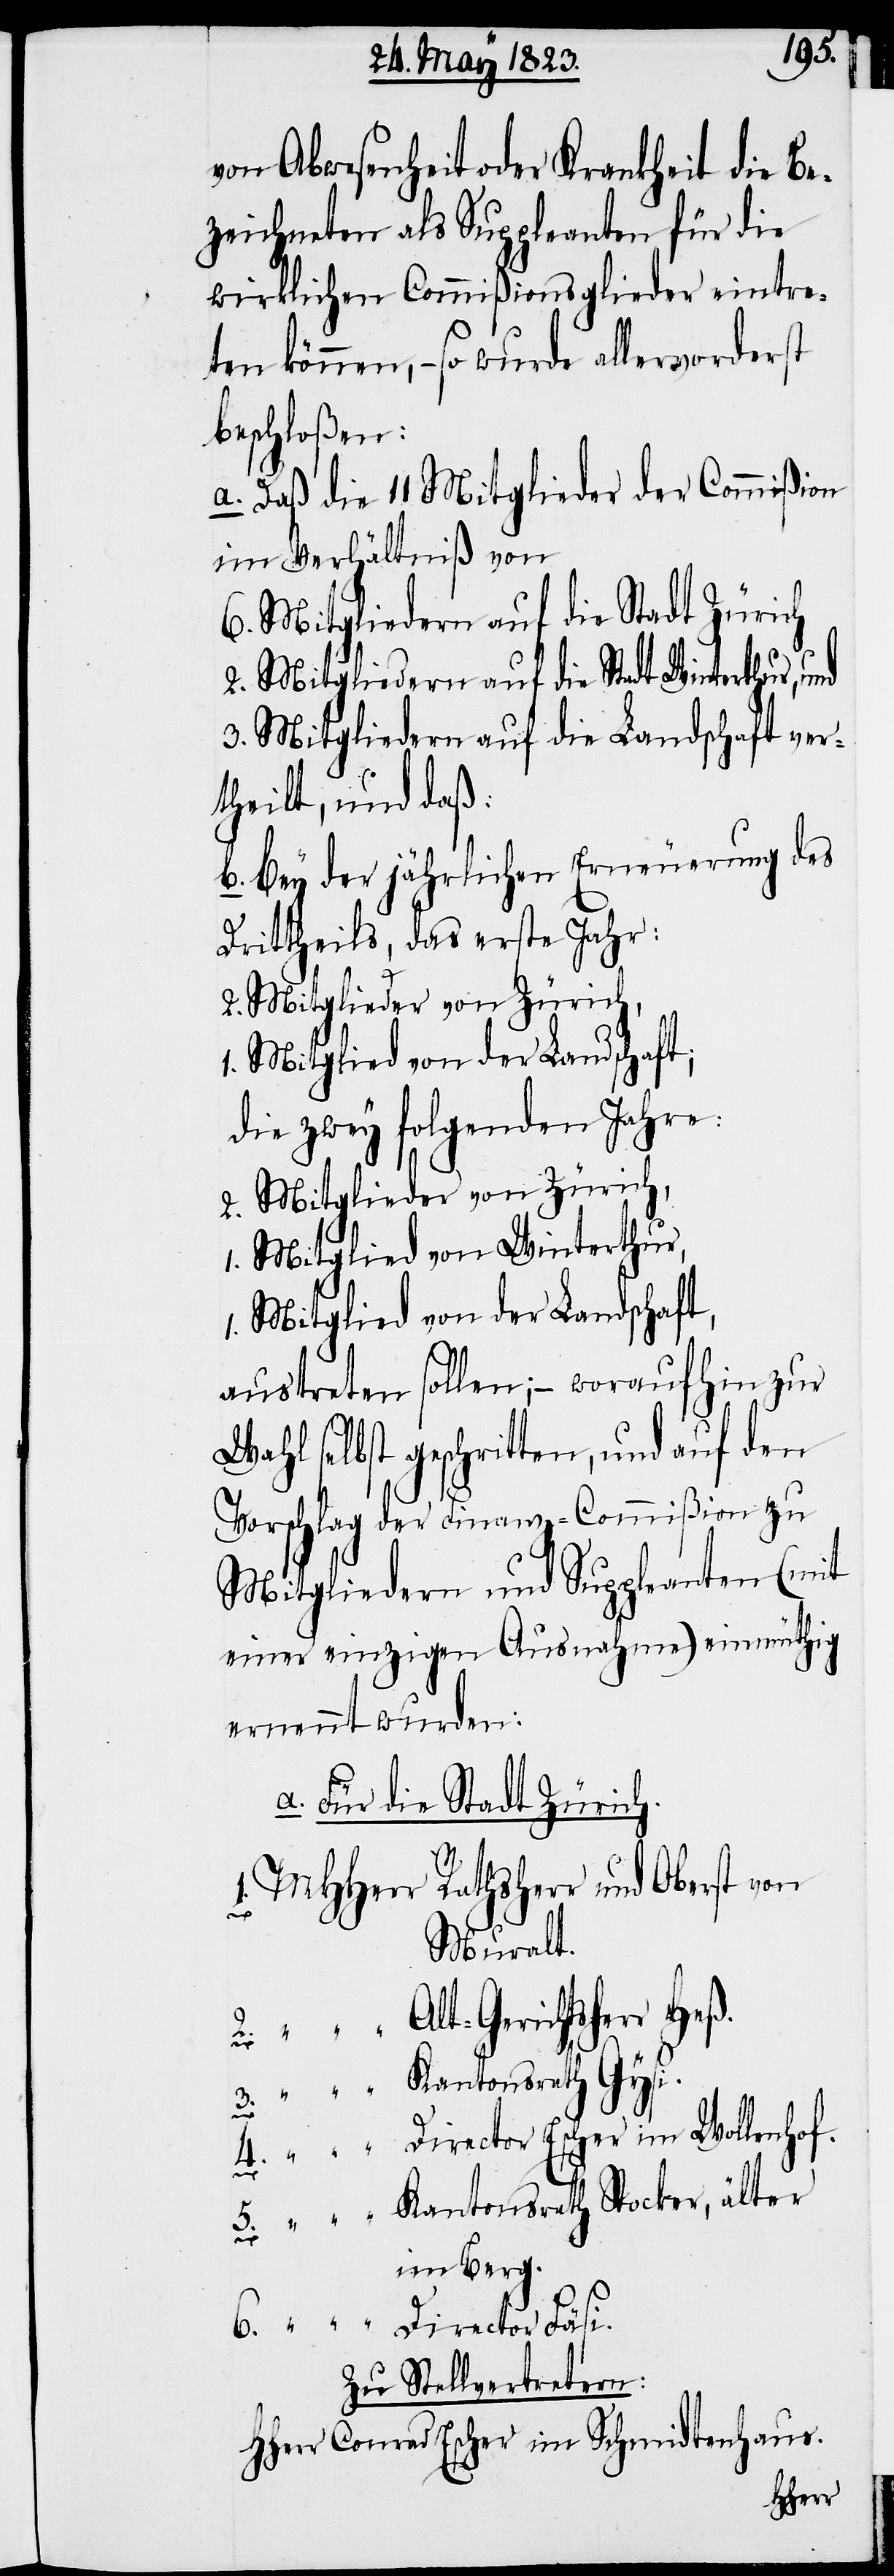
von Abwesenheit oder Krankheit die Be¬
zeichneten als Suppleanten für die
wirklichen Commißionsglieder eintre¬
ten können, – so wurde allervorderst
beschloßen:
a. Daß die 11 Mitglieder der Commißion
im Verhältniß von
6. Mitgliedern auf die Stadt Zürich
2. Mitgliedern auf die Stadt Winterthur, und
3. Mitgliedern auf die Landschaft ver¬
theilt, und daß:
b. Bey der jährlichen Erneuerung des
Drittheils, das erste Jahr:
2. Mitglieder von Zürich,
1. Mitglied von der Landschaft;
die zwey folgenden Jahre:
2. Mitglieder von Zürich,
1. Mitglied von Winterthur,
Mitglied von der Landschaft,
austreten sollen; – woraufhin zur
Wahl selbst geschritten, und auf den
Vorschlag der Finanz-Commißion zu
Mitgliedern und Suppleanten (mit
einer einzigen Ausnahme) einmüthig
ernennt wurden:
a. Für die Stadt Zürich.
6.
„
Muralt.
Director Escher im Wollenhof.
im Berg.
Director Fäsi.
Zu Stellvertretern:
Hherr Conrad Escher im Schmidtenhaus.
MHHerr